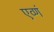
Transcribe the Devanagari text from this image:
एव्णं